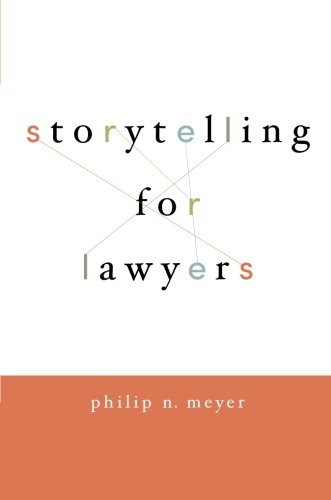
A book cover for Storytelling for Lawyers; Philip Meyer; Law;